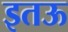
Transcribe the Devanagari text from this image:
इतऊ